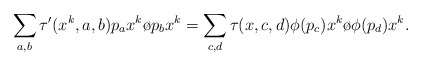
\begin{align*}\sum_{a,b}\tau'(x^k,a,b)p_ax^k\o p_bx^k=\sum_{c,d}\tau(x,c,d)\phi(p_c)x^k\o\phi(p_d)x^k.\end{align*}